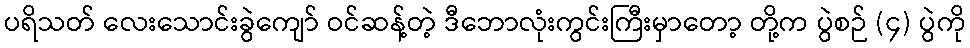
ပရိသတ် လေးသောင်းခွဲကျော် ဝင်ဆန့်တဲ့ ဒီဘောလုံးကွင်းကြီးမှာတော့ တို့က ပွဲစဉ် (၄) ပွဲကို